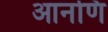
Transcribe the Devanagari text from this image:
आनणि